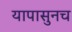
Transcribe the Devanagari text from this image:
यापासुनच